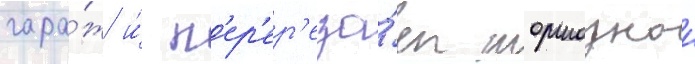
гара́ж и́ п'ер'ер'еза́ет тормознои